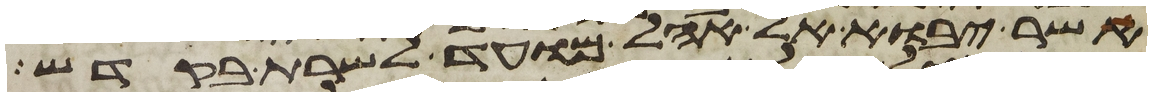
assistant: אשר יבוא אל אהל מועד לשרת בקדש